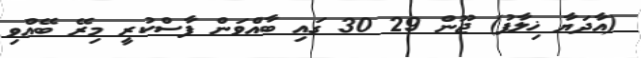
(އާދަޔާ ޚިލާފު) ޖޫން 29 30 ގައި ބާއްވަން ފާސްކުރީ މިރޭ ބޭއްވި